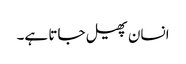
انسان پھیل جاتا ہے۔